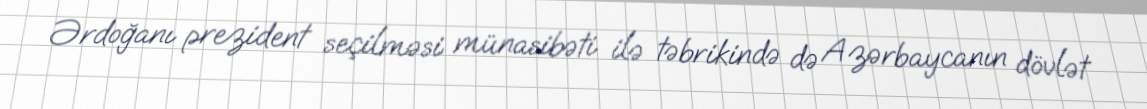
Ərdoğanı prezident seçilməsi münasibəti ilə təbrikində də Azərbaycanın dövlət